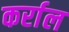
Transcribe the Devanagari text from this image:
कर्राल